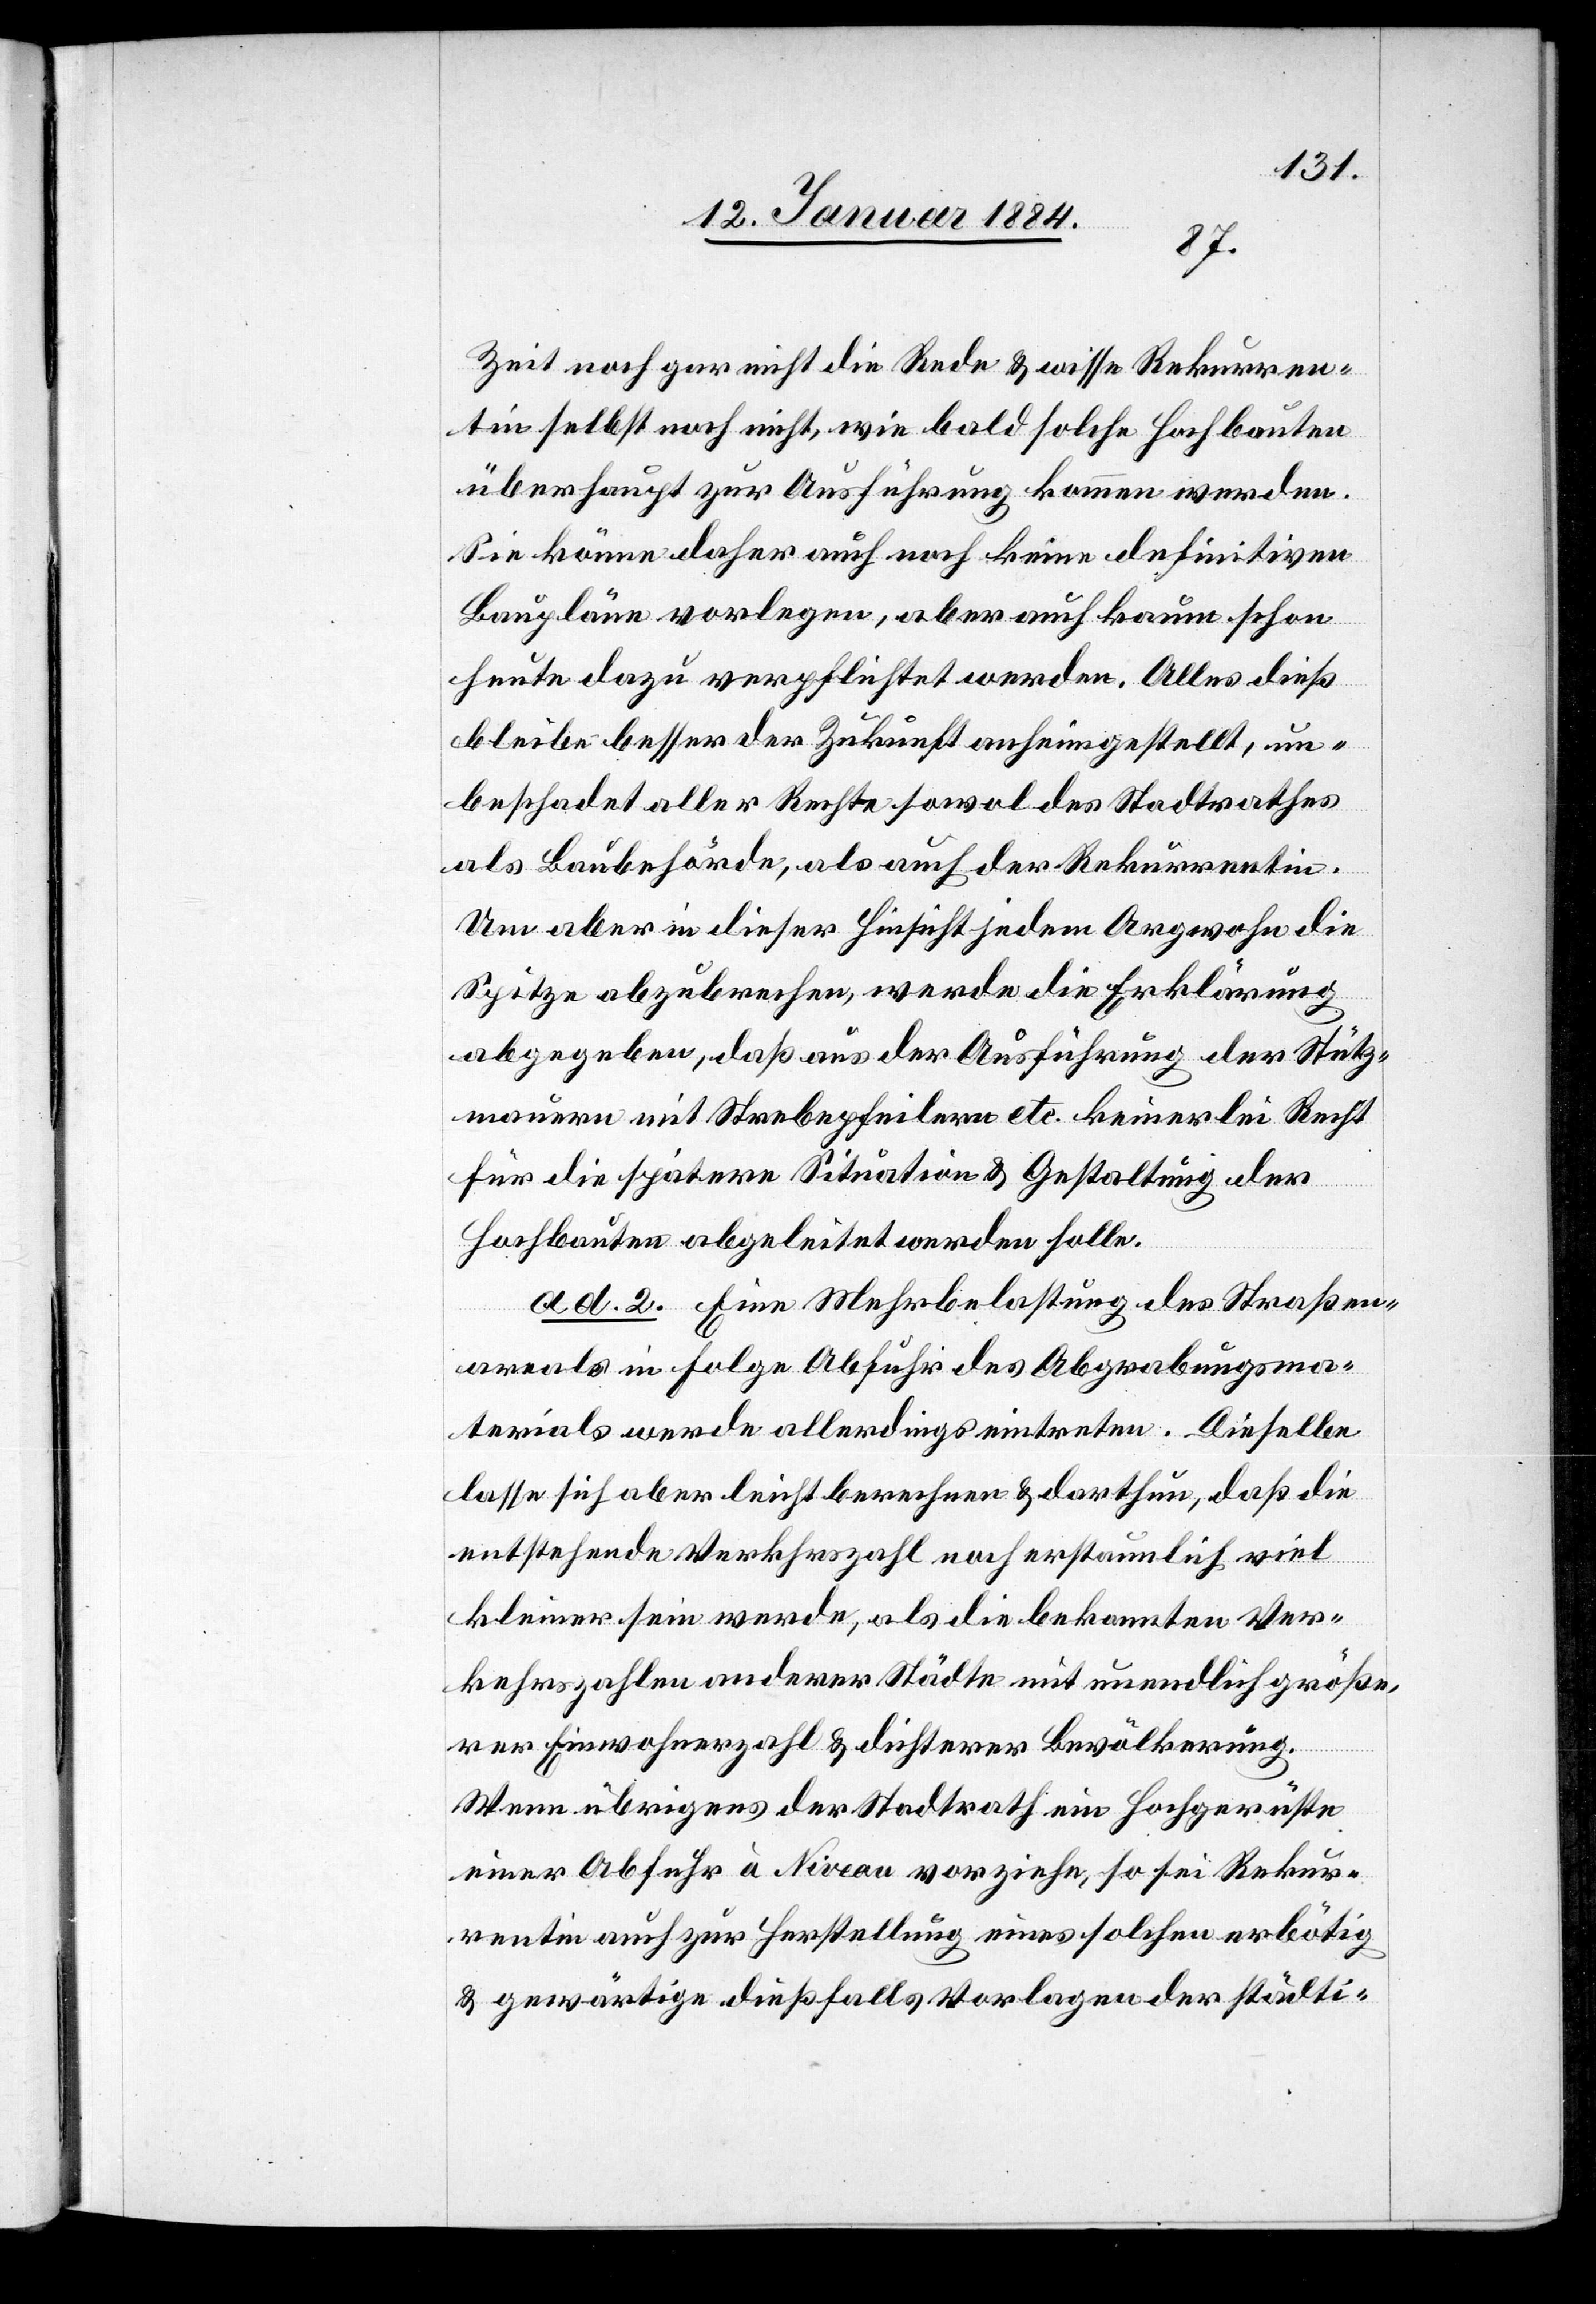
Zeit noch gar nicht die Rede & wisse Rekurren¬
tin selbst noch nicht, wie bald solche Hochbauten
überhaupt zur Ausführung kommen werden.
Sie könne daher auch noch keine definitiven
Baupläne vorlegen, aber auch kaum schon
heute dazu verpflichtet werden. Alles dieß
bleibe besser der Zukunft anheimgestellt, un¬
beschadet aller Rechte sowol des Stadtrathes
als Baubehörde, als auch der Rekurrentin.
Um aber in dieser Hinsicht jedem Argwohn die
Spitze abzubrechen, werde die Erklärung
abgegeben, daß aus der Ausführung der Stütz¬
mauern mit Strebepfeilern etc. keinerlei Recht
für die spätere Situation & Gestaltung der
Hochbauten abgeleitet werden solle.
ad. 2. Eine Mehrbelastung des Straßen¬
areals in Folge Abfuhr des Abgrabungsma¬
terials werde allerdings eintreten. Dieselbe
lasse sich aber leicht berechnen & darthun, daß die
entstehende Verkehrszahl noch erstaunlich viel
kleiner sein werde, als die bekannten Ver¬
kehrszahlen anderer Städte mit unendlich größe¬
rer Einwohnerzahl & dichterer Bevölkerung.
Wenn übrigens der Stadtrath ein Hochgewitter
einer Abfuhr à Niveau vorziehe, so sei Rekur¬
rentin auch zur Herstellung eines solchen erbötig
& gewärtige dießfalls Vorlage der städti-